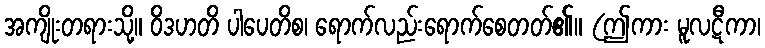
အကျိုးတရားသို့။ ဝိဒဟတိ ပါပေတိစ၊ ရောက်လည်းရောက်စေတတ်၏။ (ဤကား မူလဋီကာ၊